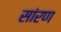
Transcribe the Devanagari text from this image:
सांरण